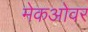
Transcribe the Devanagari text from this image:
मेकओवर